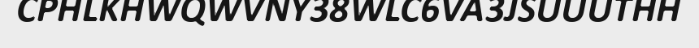
CPHLKHWQWVNY38WLC6VA3JSUUUTHH